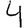
Digit: 4